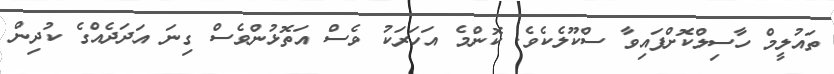
ތައުލީމް ހާސިލްކޮށްފައިވާ ސްކޫލެކެވެ. ކޮންމެ އަހަރަކު ވެސް އަތޮޅުންވެސް ގިނަ އަދަދެއްގެ ކުދިން